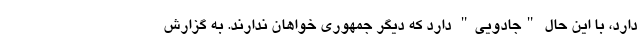
دارد، با این حال "جادویی" دارد که دیگر جمهوری خواهان ندارند. به گزارش